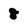
Character: 8